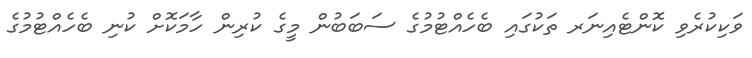
ވަކިކުރެވި ކޮންޓެއިނަރ ތަކުގައި ބެހެއްޓުމުގެ ސަބަބުން މީގެ ކުރިން ހާމަކޮށް ކުނި ބެހެއްޓުމުގެ